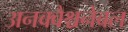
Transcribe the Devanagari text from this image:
अनक्वैश्चनेबल